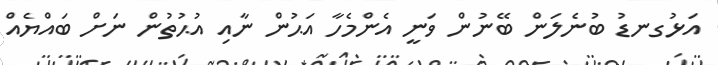
އަޅުގނޑު ބުނެލަން ބޭނުން ވަނީ އެންމެހާ އަޙުން ނާއި އުޙުތުން ނަށް ބައްޔެއް